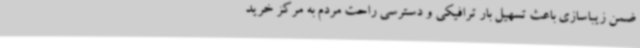
ضمن زیباسازی باعث تسهیل بار ترافیکی و دسترسی راحت مردم به مرکز خرید